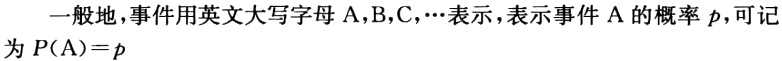
一般地,事件用英文大写字母 \(A,B,C,\cdots\)表示，表示事件 \(A\) 的概率 \(p\)，可记为 \(P(A)=p\)